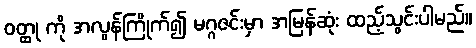
ဝတ္ထု ကို အလွန်ကြိုက်၍ မဂ္ဂဇင်းမှာ အမြန်ဆုံး ထည့်သွင်းပါမည်။